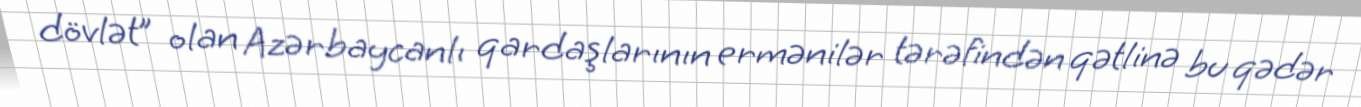
dövlət” olan Azərbaycanlı qardaşlarının ermənilər tərəfindən qətlinə bu qədər